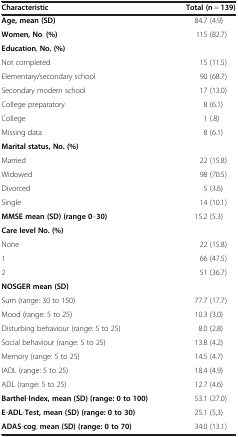
<table><thead><tr><td><b>Characteristic</b></td><td><b>Total (n = 139)</b></td></tr></thead><tbody><tr><td><b>Age, mean (SD)</b></td><td>84.7 (4.9)</td></tr><tr><td><b>Women, No. (%)</b></td><td>115 (82.7)</td></tr><tr><td colspan="2"><b>Education, No. (%)</b></td></tr><tr><td>Not completed</td><td>15 (11.5)</td></tr><tr><td>Elementary/secondary school</td><td>90 (68.7)</td></tr><tr><td>Secondary modern school</td><td>17 (13.0)</td></tr><tr><td>College preparatory</td><td>8 (6.1)</td></tr><tr><td>College</td><td>1 (.8)</td></tr><tr><td>Missing data</td><td>8 (6.1)</td></tr><tr><td colspan="2"><b>Marital status, No. (%)</b></td></tr><tr><td>Married</td><td>22 (15.8)</td></tr><tr><td>Widowed</td><td>98 (70.5)</td></tr><tr><td>Divorced</td><td>5 (3.6)</td></tr><tr><td>Single</td><td>14 (10.1)</td></tr><tr><td><b>MMSE mean (SD) (range 0–30)</b></td><td>15.2 (5.3)</td></tr><tr><td colspan="2"><b>Care level No. (%)</b></td></tr><tr><td>None</td><td>22 (15.8)</td></tr><tr><td>1</td><td>66 (47.5)</td></tr><tr><td>2</td><td>51 (36.7)</td></tr><tr><td colspan="2"><b>NOSGER mean</b><b>(SD)</b></td></tr><tr><td>Sum (range: 30 to 150)</td><td>77.7 (17.7)</td></tr><tr><td>Mood (range: 5 to 25)</td><td>10.3 (3.0)</td></tr><tr><td>Disturbing behaviour (range: 5 to 25)</td><td>8.0 (2.8)</td></tr><tr><td>Social behaviour (range: 5 to 25)</td><td>13.8 (4.2)</td></tr><tr><td>Memory (range: 5 to 25)</td><td>14.5 (4.7)</td></tr><tr><td>IADL (range: 5 to 25)</td><td>18.4 (4.9)</td></tr><tr><td>ADL (range: 5 to 25)</td><td>12.7 (4.6)</td></tr><tr><td><b>Barthel-Index, mean (SD) (range: 0 to 100)</b></td><td>53.1 (27.0)</td></tr><tr><td><b>E-ADL-Test, mean (SD) (range: 0 to 30)</b></td><td>25.1 (5,3)</td></tr><tr><td><b>ADAS-cog, mean (SD) (range: 0 to 70)</b></td><td>34.0 (13.1)</td></tr></tbody></table>